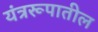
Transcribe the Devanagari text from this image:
यंत्ररूपातील